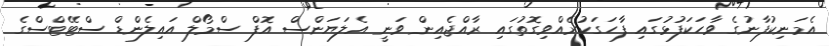
އެމަނިކުފާނުގެ ވާހަކަފުޅުގައި ފާހަގަކުރެއްވިގޮތުގައި ރާއްޖެއިން ވަނީ އެލަޔަންސް އޮފް ސްމޯލް އައިލެންޑް ސްޓޭޓްސްގެ